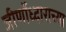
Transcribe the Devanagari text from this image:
जीर्णोध्दाराच्या